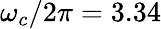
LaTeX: \omega_{c}/2\pi=3.34